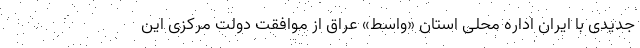
جدیدی با ایران اداره محلی استان «واسط» عراق از موافقت دولت مرکزی این